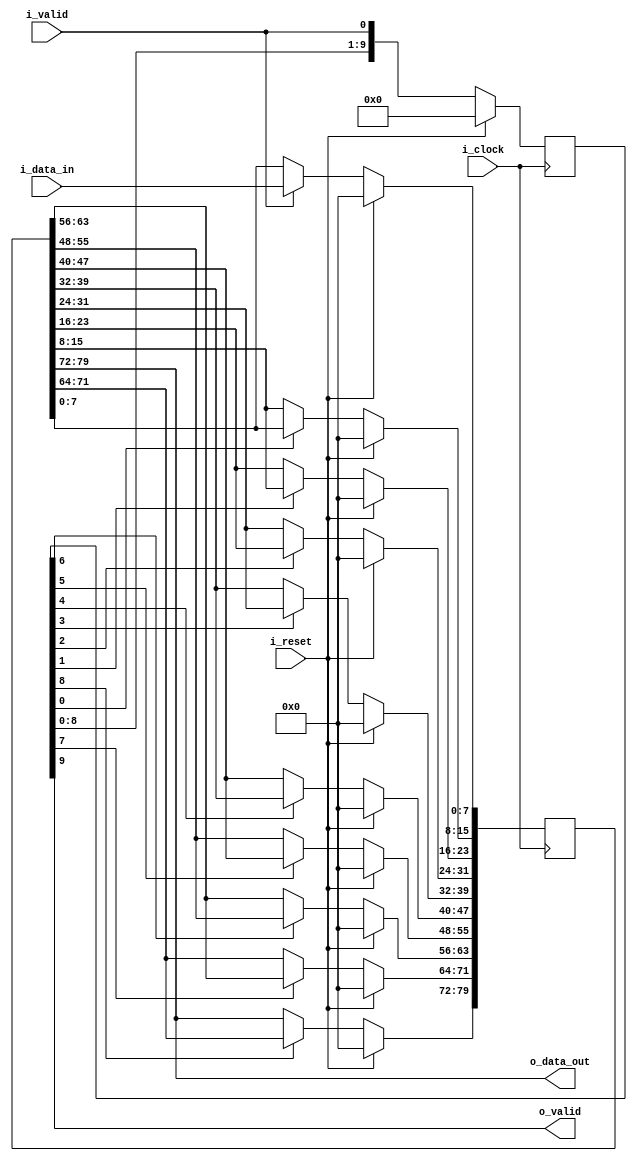
/*------------------------------------------------------------------------------
 -- Project     : CL40GC
 -------------------------------------------------------------------------------
 -- File        : common_fix_delay_line.v
 -- Author      : Ramiro R. Lopez
 -- Originator  : Clariphy Argentina S.A.
 -- Date        : 2010-Mar-27
 --
 -- Rev 0       : Initial release. RRL.
 -- Rev 1       : 20121107. Changed port declaration style.
 --
 -- $Id: common_fix_delay_line_w_del_valid.v 10220 2016-12-28 19:02:56Z rlopez $
 -------------------------------------------------------------------------------
 -- Description : .
 -------------------------------------------------------------------------------
 -- Copyright (C) 2009 ClariPhy Argentina S.A.  All rights reserved 
 ------------------------------------------------------------------------------*/

//`timescale  1ns/1ps

module common_fix_delay_line_w_del_valid
#(
    // PARAMETERS.
    parameter                               NB_DATA     = 8 ,
    parameter                               DELAY       = 10
)
(
    // OUTPUTS.
    output  wire    [NB_DATA-1:0]           o_data_out ,
    output  wire                            o_valid ,

    // INPUTS.
    input   wire    [NB_DATA-1:0]           i_data_in ,
    input   wire                            i_valid ,
    input   wire                            i_reset ,
    input   wire                            i_clock
);


    /*// BEGIN: Quick instance
    common_fix_delay_line_w_del_valid
    #(
        .NB_DATA        (  ),
        .DELAY          (  )
    )
    u_common_fix_delay_line_w_del_valid
    (
        .o_data_out     (  ),
        .o_valid        (  ),
        .i_data_in      (  ),
        .i_valid        (  ),
        .i_reset        (  ),
        .i_clock        (  )
    ) ;
    // END: Quick instance.*/



    // ALGORITHM BEGIN.


    generate
    //begin : gen_delay // Removed begin/end for synopsys...

        if ( DELAY <= 0 )
        begin : genif_0_delay

            assign  o_data_out  = i_data_in ;
            assign  o_valid     = i_valid ;

        end // genif_0_delay

        else if ( DELAY == 1 )
        begin : genif_1_delay

            reg             [NB_DATA-1:0]           delay_l ;
            reg                                     delay_l_valid ;

            always @( posedge i_clock )
                if ( i_reset )
                    delay_l <= { NB_DATA {1'b0} };
                else if ( i_valid )
                    delay_l <= i_data_in;

            always @( posedge i_clock )
                if ( i_reset )
                    delay_l_valid   <= 1'b0 ;
                else
                    delay_l_valid   <= i_valid ;

            assign  o_data_out  = delay_l ;
            assign  o_valid     = delay_l_valid ;

        end // genif_1_delay

        else if ( DELAY > 1 )
        begin : genif_no_01_delay

            reg             [DELAY*NB_DATA-1:0]     delay_l ;
            reg             [DELAY-1:0]             delay_l_valid ;
            integer                                 i ;

            always @( posedge i_clock )
                if ( i_reset )
                    delay_l_valid   <= { DELAY {1'b0} } ;
                else
                    delay_l_valid   <= { delay_l_valid[ DELAY-1-1 : 0 ], i_valid } ;

            always @( posedge i_clock )
                if ( i_reset )
                    delay_l         <= { DELAY*NB_DATA {1'b0} } ;
                else
                begin
                    if ( i_valid )
                        delay_l[ 0*NB_DATA +: NB_DATA ]    <= i_data_in ;
                    for ( i=1; i<DELAY; i=i+1 )
                        if ( delay_l_valid[ i-1 ] )
                            delay_l[ ( i )*NB_DATA +: NB_DATA ]    <= delay_l[ ( i-1 )*NB_DATA +: NB_DATA ] ;
                end

            assign  o_data_out  = delay_l[ DELAY*NB_DATA-1 -: NB_DATA ] ;
            assign  o_valid     = delay_l_valid[ DELAY-1 ] ;

        end // genif_no_01_delay

    //end // gen_delay
    endgenerate


endmodule // common_fix_delay_line_w_valid